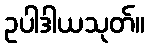
ဥပါဒါယသုတ်။